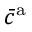
\bar { c } ^ { \mathrm { a } }